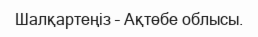
Шалқартеңіз – Ақтөбе облысы.